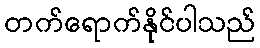
တက်ရောက်နိုင်ပါသည်